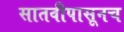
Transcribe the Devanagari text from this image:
सातवीपासूनच